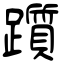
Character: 躓